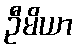
ဦမိယာ